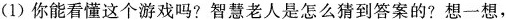
(1)你能看懂这个游戏吗?智慧老人是怎么猜到答案的?想一想，